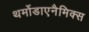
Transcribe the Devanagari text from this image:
थर्मोडाएनैमिक्स